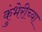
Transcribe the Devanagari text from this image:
कुंभेरीच्या